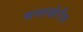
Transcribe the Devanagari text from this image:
मनाखेरीज